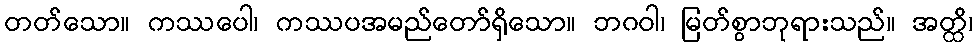
တတ်သော။ ကဿပေါ၊ ကဿပအမည်တော်ရှိသော။ ဘဂဝါ၊ မြတ်စွာဘုရားသည်။ အတ္ထိ၊